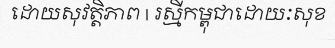
ដោយសុវត្តិភាព | រស្មីកម្ពុជាដោយៈសុខ